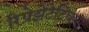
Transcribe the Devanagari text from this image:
रिप्रेझेंटेटिव्हस